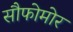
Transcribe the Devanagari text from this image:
सौफोमोर